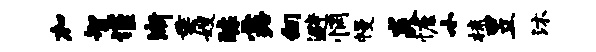
加智谨渐垂嫂醵露向避惘幔炎慷小梳昱沐